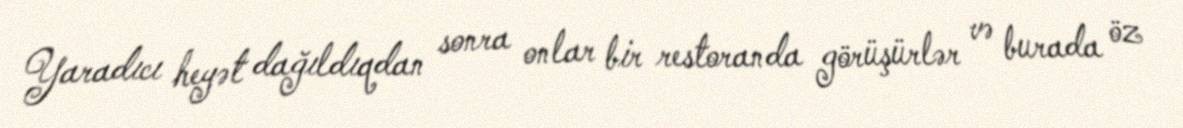
Yaradıcı heyət dağıldıqdan sonra onlar bir restoranda görüşürlər və burada öz